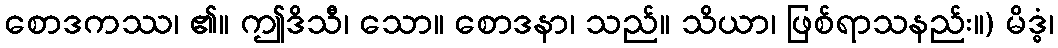
စောဒကဿ၊ ၏။ ဤဒိသီ၊ သော။ စောဒနာ၊ သည်။ သိယာ၊ ဖြစ်ရာသနည်း။) မိဒ္ဓံ၊